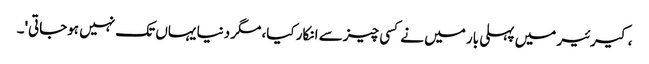
، کیرئیر میں پہلی بار میں نے کسی چیز سے انکار کیا، مگر دنیا یہاں تک نہیں ہوجاتی'۔